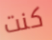
كنت